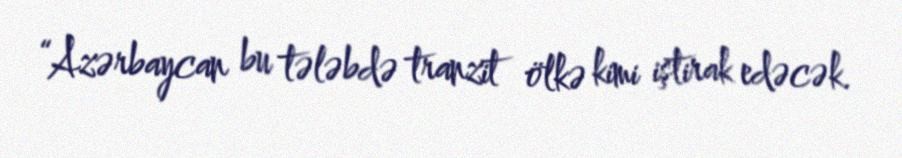
“Azərbaycan bu tələbdə tranzit ölkə kimi iştirak edəcək.